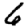
Digit: 6